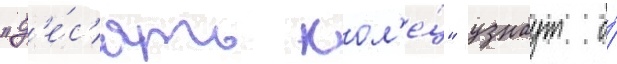
"д'е́с'ять кол'е́ц" узнаут о́